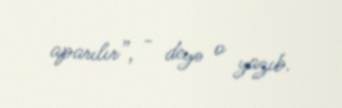
aparılır”, - deyə o yazıb.